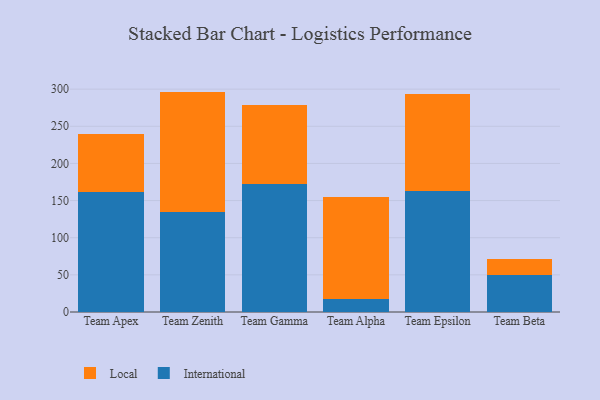
{"axis": {"x": "Team", "y": "Tickets Resolved"}, "legend": ["International", "Local"], "data": [{"x": "Team Apex", "y": 161.3, "type": "International"}, {"x": "Team Apex", "y": 78.4, "type": "Local"}, {"x": "Team Zenith", "y": 134.5, "type": "International"}, {"x": "Team Zenith", "y": 162.2, "type": "Local"}, {"x": "Team Gamma", "y": 172.7, "type": "International"}, {"x": "Team Gamma", "y": 106.1, "type": "Local"}, {"x": "Team Alpha", "y": 18.0, "type": "International"}, {"x": "Team Alpha", "y": 136.4, "type": "Local"}, {"x": "Team Epsilon", "y": 162.8, "type": "International"}, {"x": "Team Epsilon", "y": 130.2, "type": "Local"}, {"x": "Team Beta", "y": 50.0, "type": "International"}, {"x": "Team Beta", "y": 21.7, "type": "Local"}]}